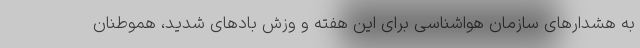
به هشدارهای سازمان هواشناسی برای این هفته و وزش بادهای شدید، هموطنان